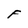
Character: F